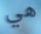
هي